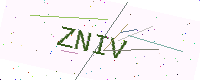
Text: ZNIV